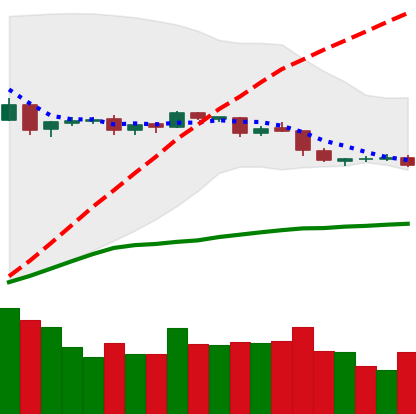
Ticker: DOGE-USD
Chart end date: 2019-04-29
Forward return: 8.678%
Label: up_7plus